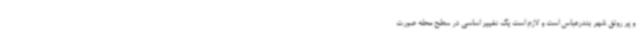
و پر رونق شهر بندرعباس است و لازم است یک تغییر اساسی در سطح محله صورت